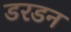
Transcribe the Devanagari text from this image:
डरडन